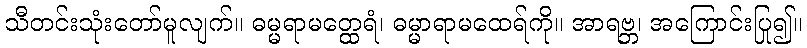
သီတင်းသုံးတော်မူလျက်။ ဓမ္မရာမတ္ထေရံ၊ ဓမ္မာရာမထေရ်ကို။ အာရဗ္ဘ၊ အကြောင်းပြု၍။